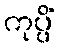
ကုပ္ပိံ